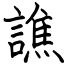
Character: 譙